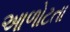
આળોટતા